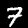
Digit: 7